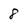
Character: 8